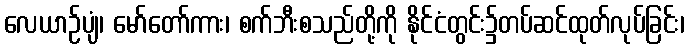
လေယာဉ်ပျံ၊ မော်တော်ကား၊ စက်ဘီးစသည်တို့ကို နိုင်ငံတွင်း၌တပ်ဆင်ထုတ်လုပ်ခြင်း၊